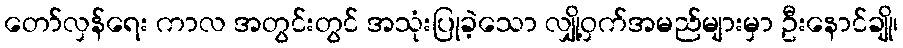
တော်လှန်ရေး ကာလ အတွင်းတွင် အသုံးပြုခဲ့သော လျှို့ဝှက်အမည်များမှာ ဦးနောင်ချို၊